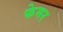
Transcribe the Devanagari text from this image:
फेमर